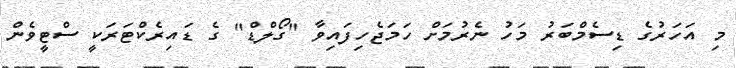
މި އަހަރުގެ ޑިސެމްބަރު މަހު ނެރުމަށް ހަމަޖެހިފައިވާ "ގޯލްޑް" ގެ ޑައިރެކްޓަރަކީ ސްޓީވެން